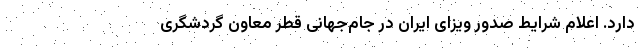
دارد. اعلام شرایط صدور ویزای ایران در جام‌جهانی قطر معاون گردشگری